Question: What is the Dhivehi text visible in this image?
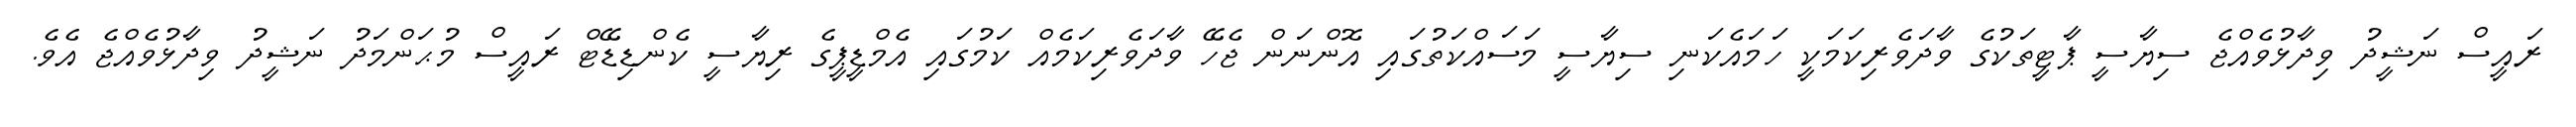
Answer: ރައީސް ނަޝީދު ވިދާޅުވެއްޖެ ސިޔާސީ ޕާޓީތަކުގެ ވާދަވެރިކަމަކީ ހަމައެކަނި ސިޔާސީ މަސައްކަތުގައި އޮންނަން ޖެހޭ ވާދަވެރިކަމެއް ކަމުގައި އެމްޑީޕީގެ ރިޔާސީ ކެންޑިޑޭޓް ރައީސް މުޙަންމަދު ނަޝީދު ވިދާޅުވެއްޖެ އެވެ.